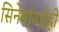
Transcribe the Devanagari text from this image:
सिनेमांमधेही